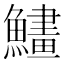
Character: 𩻽